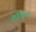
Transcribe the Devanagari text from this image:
कौच्हित